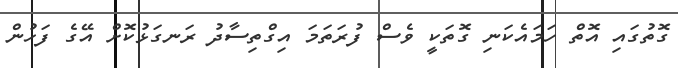
ގޮތުގައި އޮތް ހަމައެކަނި ގޮތަކީ ވެސް ފުރަތަމަ އިގްތިސާދު ރަނގަޅުކޮށް އޭގެ ފަހުން